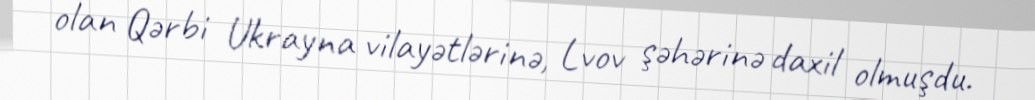
olan Qərbi Ukrayna vilayətlərinə, Lvov şəhərinə daxil olmuşdu.